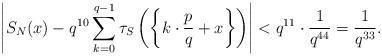
LaTeX: \begin{align*}\left| S_N (x) - q^{10}\sum_{k=0}^{q-1} \tau_S \left( \left\{ k \cdot \frac{p}{q}+x\right\} \right)\right| < q^{11} \cdot \frac{1}{q^{44}} = \frac{1}{q^{33}} .\end{align*}